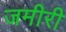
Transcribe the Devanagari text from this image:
जमीरी